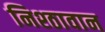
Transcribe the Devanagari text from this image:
निश्ठावान